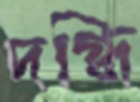
দগ্ধি